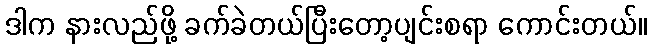
ဒါက နားလည်ဖို့ ခက်ခဲတယ်ပြီးတော့ပျင်းစရာ ကောင်းတယ်။